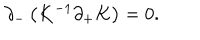
\partial _ { - } \left( K ^ { - 1 } \partial _ { + } K \right) = 0 .